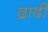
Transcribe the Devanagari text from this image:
द्रादी